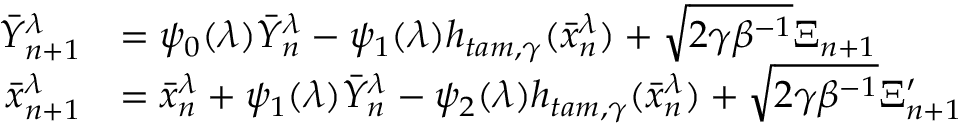
\begin{array} { r l } { \bar { Y } _ { n + 1 } ^ { \lambda } } & { = \psi _ { 0 } ( \lambda ) \bar { Y } _ { n } ^ { \lambda } - \psi _ { 1 } ( \lambda ) h _ { t a m , \gamma } ( \bar { x } _ { n } ^ { \lambda } ) + \sqrt { 2 \gamma \beta ^ { - 1 } } \Xi _ { n + 1 } } \\ { \bar { x } _ { n + 1 } ^ { \lambda } } & { = \bar { x } _ { n } ^ { \lambda } + \psi _ { 1 } ( \lambda ) \bar { Y } _ { n } ^ { \lambda } - \psi _ { 2 } ( \lambda ) h _ { t a m , \gamma } ( \bar { x } _ { n } ^ { \lambda } ) + \sqrt { 2 \gamma \beta ^ { - 1 } } \Xi _ { n + 1 } ^ { \prime } } \end{array}